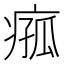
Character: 𪽵